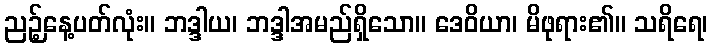
ညဉ့်နေ့ပတ်လုံး။ ဘဒ္ဒါယ၊ ဘဒ္ဒါအမည်ရှိသော။ ဒေဝိယာ၊ မိဖုရား၏။ သရိရေ၊